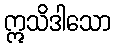
ဣသိဒါသော